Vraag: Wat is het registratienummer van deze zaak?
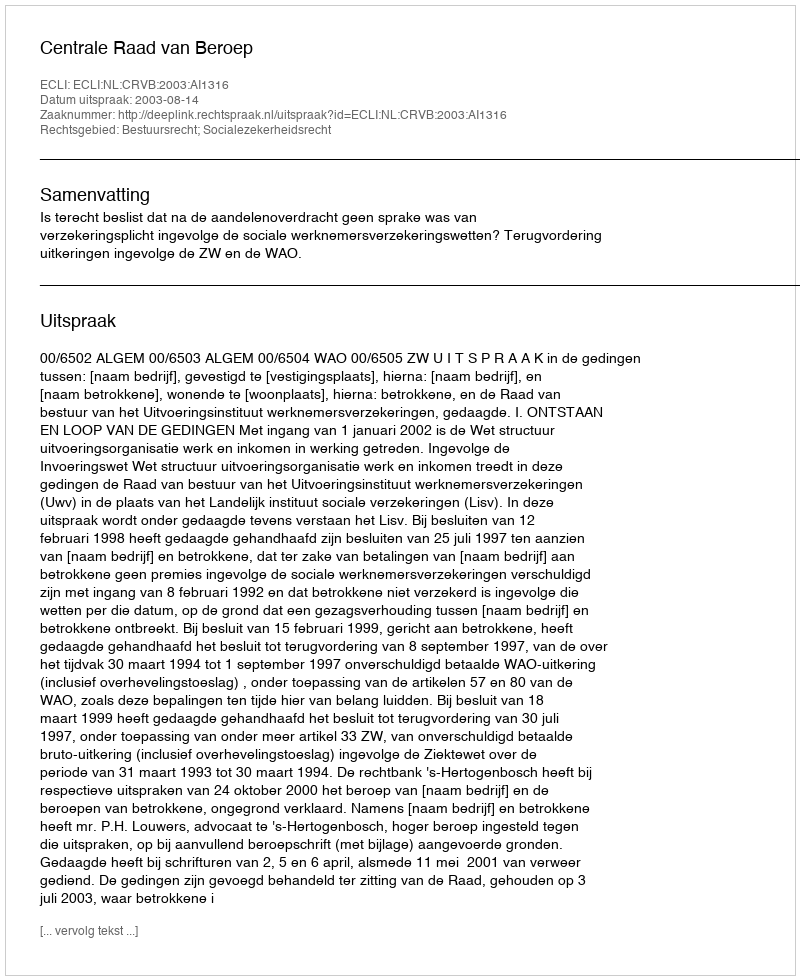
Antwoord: http://deeplink.rechtspraak.nl/uitspraak?id=ECLI:NL:CRVB:2003:AI1316